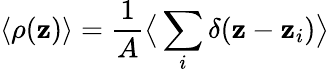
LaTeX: \langle\rho(\mathbf{z})\rangle=\frac{{1}}{{A}}\big\langle\sum_{i}\delta(\mathbf{z}-\mathbf{z}_{i})\big\rangle